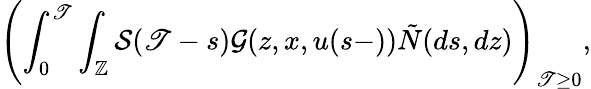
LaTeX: \displaystyle\left(\int_{0}^{\mathscr{T}}\int_{\mathbb{{Z}}}\mathcal{{S}}(\mathscr{T}-s)\mathcal{{G}}(z,x,u(s-))\tilde{{N}}(ds,dz)\right)_{\mathscr{T}\geq0},